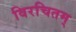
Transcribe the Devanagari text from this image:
विरचितम्